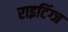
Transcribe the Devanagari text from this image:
राइटिंग्ज